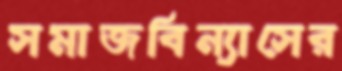
সমাজবিন্যাসের